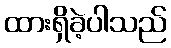
ထားရှိခဲ့ပါသည်